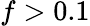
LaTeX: f>0.1